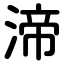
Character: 渧